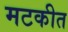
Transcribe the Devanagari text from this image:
मटकीत